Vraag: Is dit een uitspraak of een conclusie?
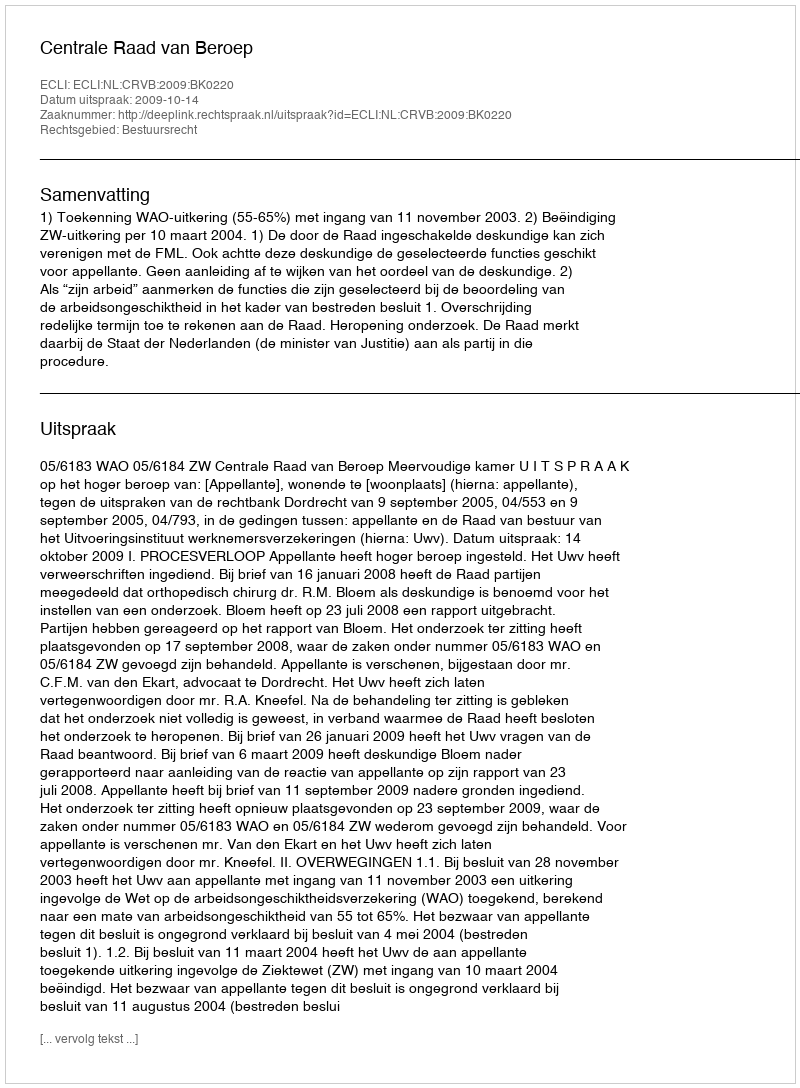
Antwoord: Uitspraak